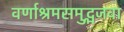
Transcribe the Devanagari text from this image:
वर्णाश्रमसमुद्भजवा